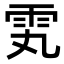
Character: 𬯸